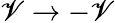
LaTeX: \mathscr{V}\rightarrow-\mathscr{V}